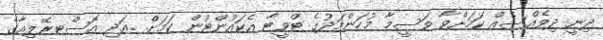
ދިނީ ދިވެއްސެއް ކަމަށްވާ ވަސީމާ މުހަންމަދުގެ ޓްވީޓާ އެކައުންޓުން ކަމަށް. .އަދި އޮސްޓރޭލިއާގެ